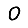
Digit: 0